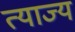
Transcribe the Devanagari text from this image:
त्‍याज्‍य